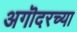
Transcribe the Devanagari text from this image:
अगॊदरच्या